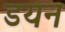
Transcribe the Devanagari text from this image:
डयन